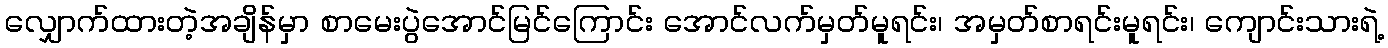
လျှောက်ထားတဲ့အချိန်မှာ စာမေးပွဲအောင်မြင်ကြောင်း အောင်လက်မှတ်မူရင်း၊ အမှတ်စာရင်းမူရင်း၊ ကျောင်းသားရဲ့